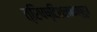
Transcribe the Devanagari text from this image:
त्रिषष्टिशलाकापुरुष